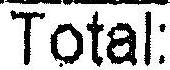
TOTAL: